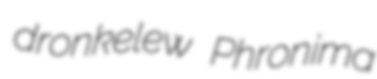
dronkelew Phronima